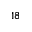
^ { 1 8 }